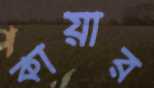
কায়ার